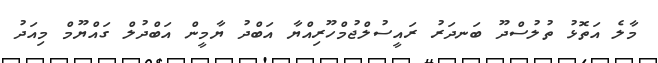
މާލެ އަތޮޅު ތުލުސްދޫ ބަނދަރު ރައީސުލްޖުމްހޫރިއްޔާ އަބްދު ޔާމީން އަބްދުލް ގައްޔޫމް މިއަދު